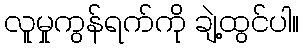
လူမှုကွန်ရက်ကို ချဲ့ထွင်ပါ။